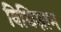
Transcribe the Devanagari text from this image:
विधिज्ञान